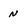
Character: N